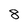
Character: 8